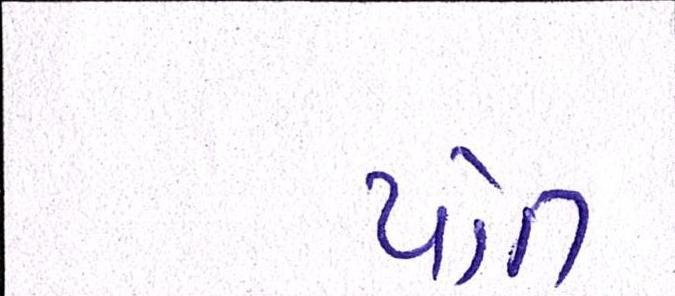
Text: પોત